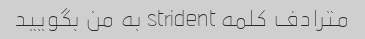
مترادف کلمه strident به من بگویید